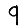
Digit: 9